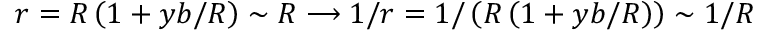
r = R \left( 1 + y b / R \right) \sim R \longrightarrow 1 / r = 1 / \left( R \left( 1 + y b / R \right) \right) \sim 1 / R